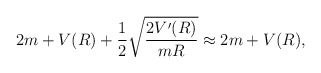
\begin{align*}2m+V(R)+{1\over2}\sqrt{2V^{\prime}(R)\over mR}\approx2m+V(R),\end{align*}